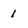
Character: I